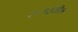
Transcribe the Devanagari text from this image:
२०१३तील